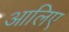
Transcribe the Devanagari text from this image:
आलिए